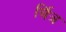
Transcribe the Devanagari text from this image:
र्चित्र